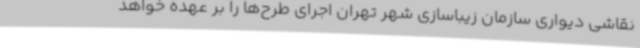
نقاشی دیواری سازمان زیباسازی شهر تهران اجرای طرح‌ها را بر عهده خواهد